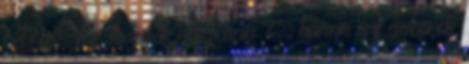
belőle. Az Árnyék nevet nem ő, hanem az emberek